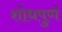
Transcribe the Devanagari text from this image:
शोधपुर्ण